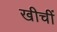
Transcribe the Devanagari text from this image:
खीचीं